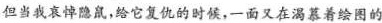
但当我哀悼隐鼠，给它复仇的时候，一面又在渴慕着绘图的